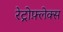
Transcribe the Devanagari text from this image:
रेट्रोफ़्लेक्स